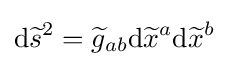
\mathrm {d} {\widetilde {s}}^{2}={\widetilde {g}}_{ab}\mathrm {d} {\widetilde {x}}^{a}\mathrm {d} {\widetilde {x}}^{b}